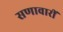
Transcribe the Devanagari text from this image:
सणावारीं